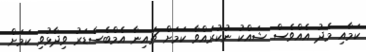
ކަމާއި މެދު އެއްވެސް ޝައްކު ނުކުރައްވާ ކަމަށް ޗައިނާ އެމްބެސެޑަރު ވިދާޅުވި ކަމަށް